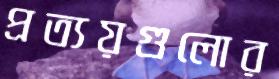
প্রত্যয়গুলোর